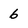
Character: 6